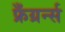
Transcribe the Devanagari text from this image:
फ्रँग्रर्न्स